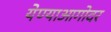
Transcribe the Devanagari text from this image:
येण्याआगोदर